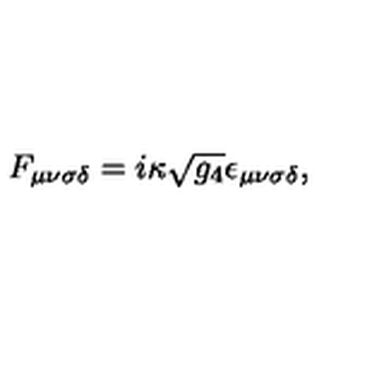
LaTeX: F _ { \mu \nu \sigma \delta } = i \kappa \sqrt { g _ { 4 } } \epsilon _ { \mu \nu \sigma \delta } ,